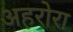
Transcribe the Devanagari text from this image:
अहरोरा